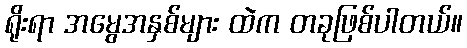
ရိုးရာ အမွေအနှစ်များ ထဲက တခုဖြစ်ပါတယ်။